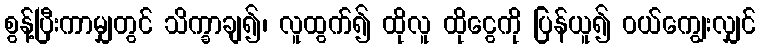
စွန့်ပြီးကာမျှတွင် သိက္ခာချ၍၊ လူထွက်၍ ထိုလူ ထိုငွေကို ပြန်ယူ၍ ဝယ်ကျွေးလျှင်